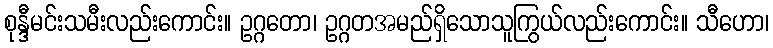
စုန္ဒီမင်းသမီးလည်းကောင်း။ ဥဂ္ဂတော၊ ဥဂ္ဂတအမည်ရှိသောသူကြွယ်လည်းကောင်း။ သီဟော၊